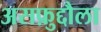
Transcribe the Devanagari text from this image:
असफ़ुद्दौला